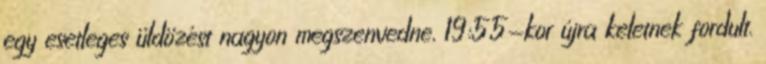
egy esetleges üldözést nagyon megszenvedne, 19:55-kor újra keletnek fordult.